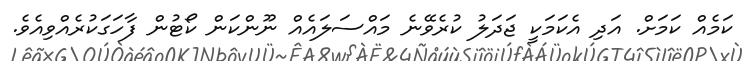
ކަމެއް ކަމަށް. އަދި އެކަމަކީ ޖަދަަލު ކުރެވޭނެ މައްސަލައެއް ނޫންކަން ކޯޓުން ފާހަގަކުރެއްވިއެވެ.